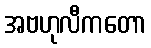
အဗဟုလီကတော